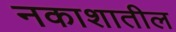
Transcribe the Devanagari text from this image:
नकाशातील